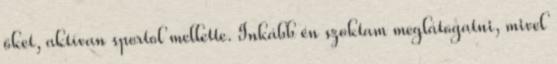
őket, aktívan sportol mellette. Inkább én szoktam meglátogatni, mivel